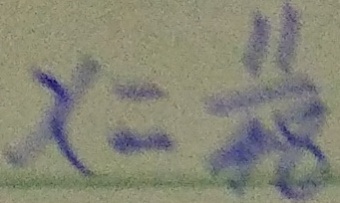
x = \frac { 1 1 } { 4 8 }